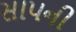
સાપની